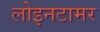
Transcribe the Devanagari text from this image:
लोइनटामर